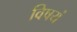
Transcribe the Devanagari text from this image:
विषयं